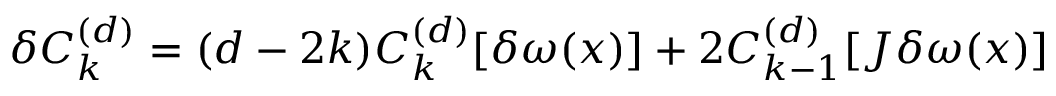
\delta C _ { k } ^ { ( d ) } = ( d - 2 k ) C _ { k } ^ { ( d ) } [ \delta \omega ( x ) ] + 2 C _ { k - 1 } ^ { ( d ) } [ J \delta \omega ( x ) ]